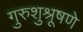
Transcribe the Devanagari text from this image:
गुरुशुश्रूषणे